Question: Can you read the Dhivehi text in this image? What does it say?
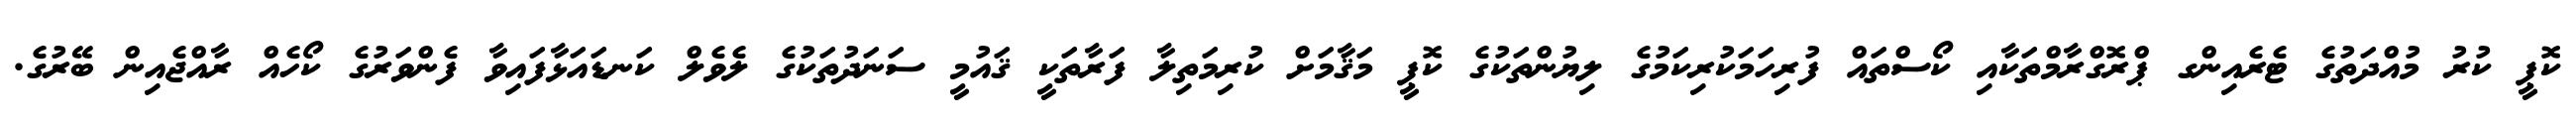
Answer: ކޮޕީ ކުރު މުއްދަތުގެ ޓެރެއިންގ ޕްރޮގްރާމްތަކާއި ކޯސްތައް ފުރިހަމަކުރިކަމުގެ ލިޔުންތަކުގެ ކޮޕީ މަޤާމަށް ކުރިމަތިލާ ފަރާތަކީ ޤައުމީ ސަނަދުތަކުގެ ލެވެލް ކަނޑައަޅާފައިވާ ފެންވަރުގެ ކޯހެއް ރާއްޖެއިން ބޭރުގެ.